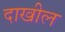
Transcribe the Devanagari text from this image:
दाखील